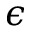
\epsilon